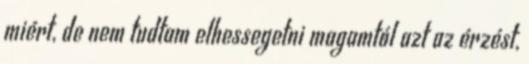
miért, de nem tudtam elhessegetni magamtól azt az érzést,